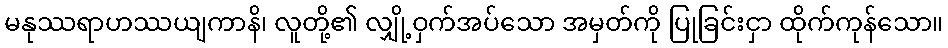
မနုဿရာဟဿယျကာနိ၊ လူတို့၏ လျှို့ဝှက်အပ်သော အမှတ်ကို ပြုခြင်းငှာ ထိုက်ကုန်သော။